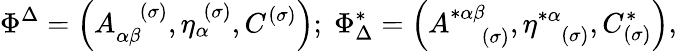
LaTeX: \Phi^{\Delta}=\left(A_{\alpha\beta}^{\; \; \; (\sigma)},\eta_{\alpha}^{\; (\sigma)},C^{(\sigma)}\right);\; \Phi_{\Delta}^{*}=\left(A_{\; \; \; \; (\sigma)}^{*\alpha\beta},\eta_{\; \; \; (\sigma)}^{*\alpha},C_{(\sigma)}^{*}\right),